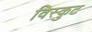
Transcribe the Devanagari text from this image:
विस्कुट